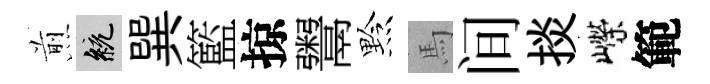
煎統巽籃掠鬻黔馬间掞嶸範